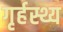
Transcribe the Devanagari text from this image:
गृर्हस्थ्य